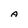
Character: A